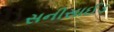
સનીસાઈડ